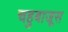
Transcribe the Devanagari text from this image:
चहुबाजूस